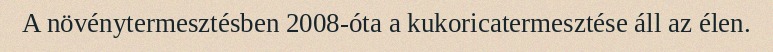
A növénytermesztésben 2008-óta a kukoricatermesztése áll az élen.